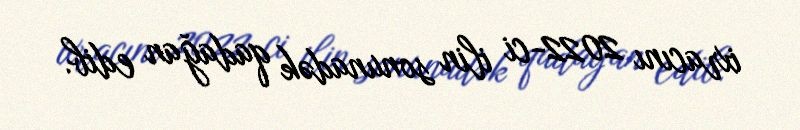
ixracını 2022-ci ilin sonunadək qadağan edib.